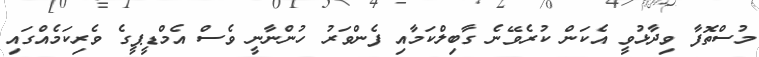
މުސްތޮފާ ވިދާޅުވީ އެކަން ކުރެވޭނެ ގާބިލްކަމާއި ފެންވަރު ހުންނާނީ ވެސް އެމްޑީޕީގެ ވެރިކަމެއްގައި